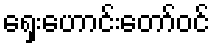
ရှေးဟောင်းတော်ဝင်